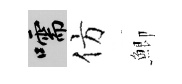
嚅仿鯽